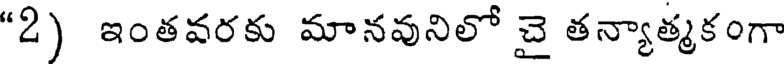
"2) ఇంతవరకు మానవునిలో చై తన్యాత్మకంగా